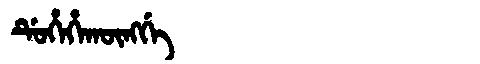
Manchu: ᡩᡠᡥᡝᡥᠠᡴᡡᠩᡤᡝ
Romanization: DUHEHAKŪNGGE